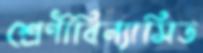
শ্রেণীবিন্যাসিত